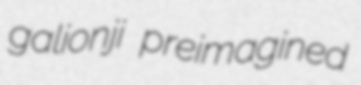
galionji preimagined